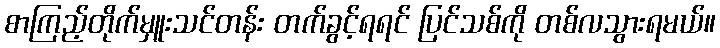
စာကြည့်တိုက်မှူးသင်တန်း တက်ခွင့်ရရင် ပြင်သစ်ကို တစ်လသွားရမယ်။